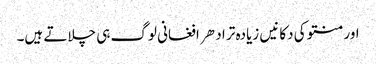
اور منتو کی دکانیں زیادہ تر ادهر افغانی لوگ ہی چلاتے ہیں۔